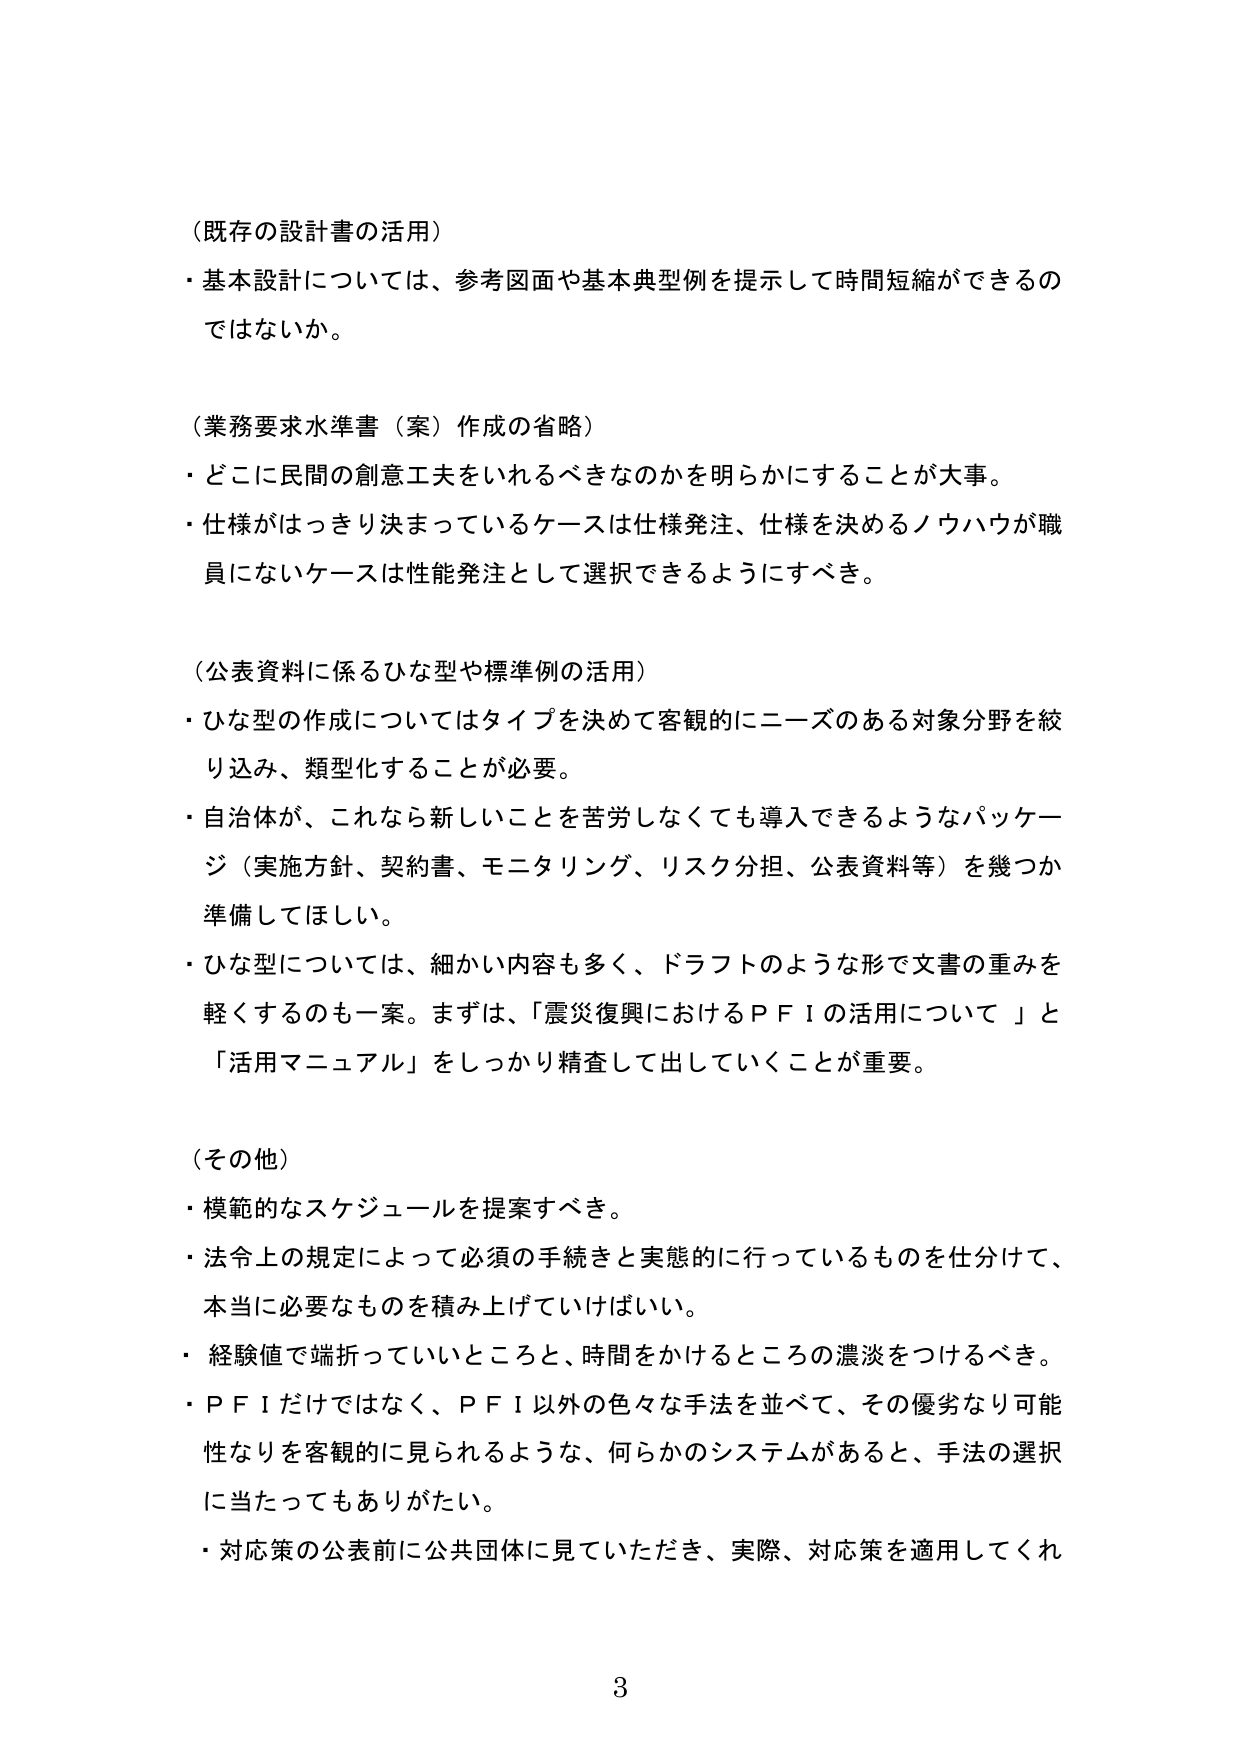
（既存の設計書の活用）
・基本設計については、参考図面や基本典型例を提示して時間短縮ができるのではないか。

（業務要求水準書（案）作成の省略）
・どこに民間の創意工夫をいれるべきなのかを明らかにすることが大事。
・仕様がはっきり決まっているケースは仕様発注、仕様を決めるノウハウが職員にないケースは性能発注として選択できるようにすべき。

（公表資料に係るひな型や標準例の活用）
・ひな型の作成についてはタイプを決めて客観的にニーズのある対象分野を絞り込み、類型化することが必要。
・自治体が、これなら新しいことを苦労しなくても導入できるようなパッケージ（実施方針、契約書、モニタリング、リスク分担、公表資料等）を幾つか準備してほしい。
・ひな型については、細かい内容も多く、ドラフトのような形で文書の重みを軽くするのも一案。まずは、「震災復興におけるＰＦＩの活用について」と「活用マニュアル」をしっかり精査して出していくことが重要。

（その他）
・模範的なスケジュールを提案すべき。
・法令上の規定によって必須の手続きと実態的に行っているものを仕分けて、本当に必要なものを積み上げていけばいい。
・経験値で端折っていいところと、時間をかけるところの濃淡をつけるべき。
・ＰＦＩだけではなく、ＰＦＩ以外の色々な手法を並べて、その優劣なり可能性なりを客観的に見られるような、何らかのシステムがあると、手法の選択に当たってもありがたい。
・対応策の公表前に公共団体に見ていただき、実際、対応策を適用してくれ

3